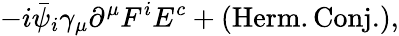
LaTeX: -i{\bar{\psi}_{i}}\gamma_{\mu}\partial^{\mu}F^{i}E^{c}+(\mathrm{Herm.Conj.}),